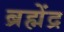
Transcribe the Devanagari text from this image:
ब्रह्मेंद्र